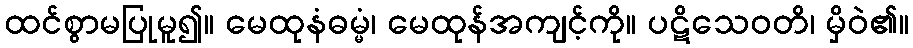
ထင်စွာမပြုမူ၍။ မေထုနံဓမ္မံ၊ မေထုန်အကျင့်ကို။ ပဋိသေဝတိ၊ မှိဝဲ၏။